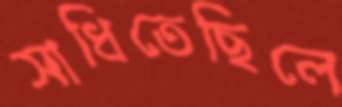
সাধিতেছিলে